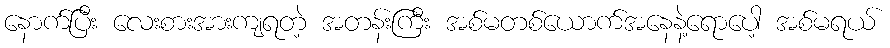
နောက်ပြီး လေးစားအားကျရတဲ့ အတန်းကြီး အစ်မတစ်ယောက်အနေနဲ့ရောပေါ့ အစ်မရယ်